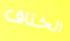
الخناق